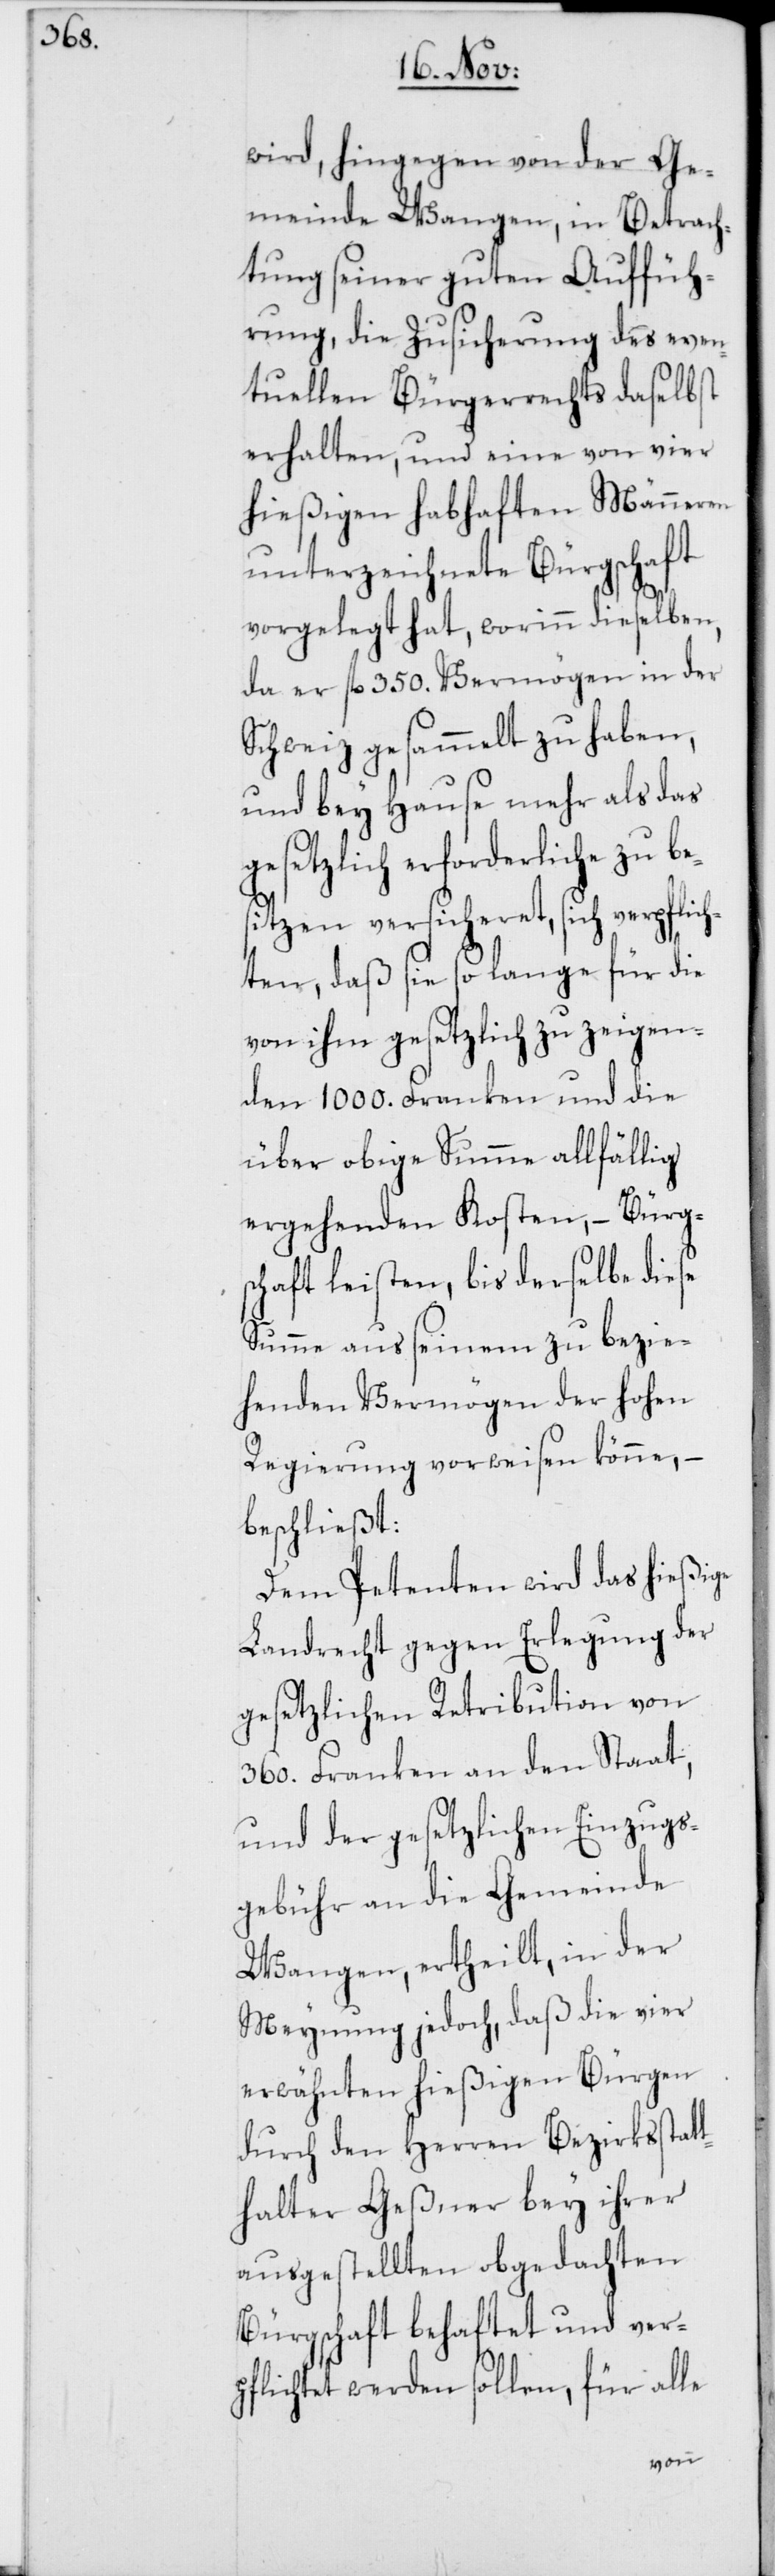
be¬

wird, hingegen von der Ge¬
meinde Wangen, in Betrach¬
tung seiner guten Auffüh¬
rung, die Zusicherung des even¬
tuellen Bürgerrechts daselbst
erhalten, und eine von vier
hießigen habhaften Männeren
unterzeichnete Bürgschaft
vorgelegt hat, worinn dieselben,
da er fl. 350. Vermögen in der
Schweiz gesammelt zu haben,
und bey Hause mehr als das
gesetzlich erforderliche zu
sitzen versicheret, sich verpflich¬
ten, daß sie so lange für die
von ihm gesetzlich zu zeigen¬
den 1000. Franken und die
über obige Summe allfällig
ergehenden Kosten, – Bürg¬
schaft leisten, bis derselbe diese
Summe aus seinem zu bezie¬
henden Vermögen der hohen
Regierung vorweisen könne, –
beschließt:
Dem Petenten wird das hießige
Landrecht gegen Erlegung der
gesetzlichen Retribution von
360. Franken an den Staat,
und der gesetzlichen Einzugs¬
gebühr an die Gemeinde
Wangen, ertheilt, in der
Meynung jedoch, daß die vier
erwähnten hießigen Bürgen
durch den Herren Bezirksstat¬
thalter Geßner bey ihrer
ausgestellten obgedachten
Bürgschaft behaftet und ver¬
pflichtet werden sollen, für alle